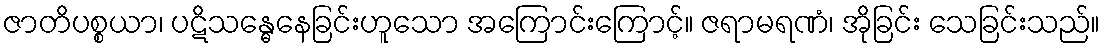
ဇာတိပစ္စယာ၊ ပဋိသန္ဓေနေခြင်းဟူသော အကြောင်းကြောင့်။ ဇရာမရဏံ၊ အိုခြင်း သေခြင်းသည်။